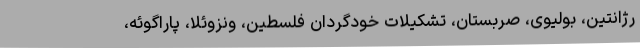
رژانتین، بولیوی، صربستان، تشکیلات خودگردان فلسطین، ونزوئلا، پاراگوئه،